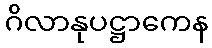
ဂိလာနုပဋ္ဌာကေန